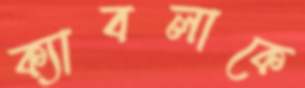
ক্যাবলাকে